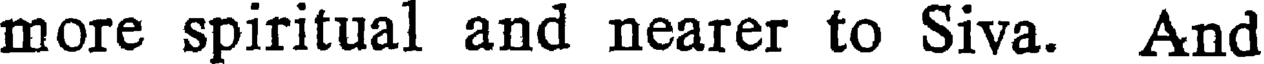
more spiritual and nearer to Siva. And